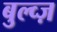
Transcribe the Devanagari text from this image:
बुल्व्ज़